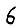
Digit: 6